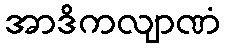
အာဒိကလျာဏံ